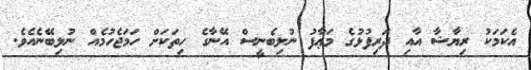
އެކަމަކު ރިޔާޝާ އާއި ދަރިފުޅުގެ މަޢާފު ނުލިބެނީސް އޭނާގެ ހިތަކަށް ހަމަޖެހުމެއް ނުލިބޭނެއެވެ.